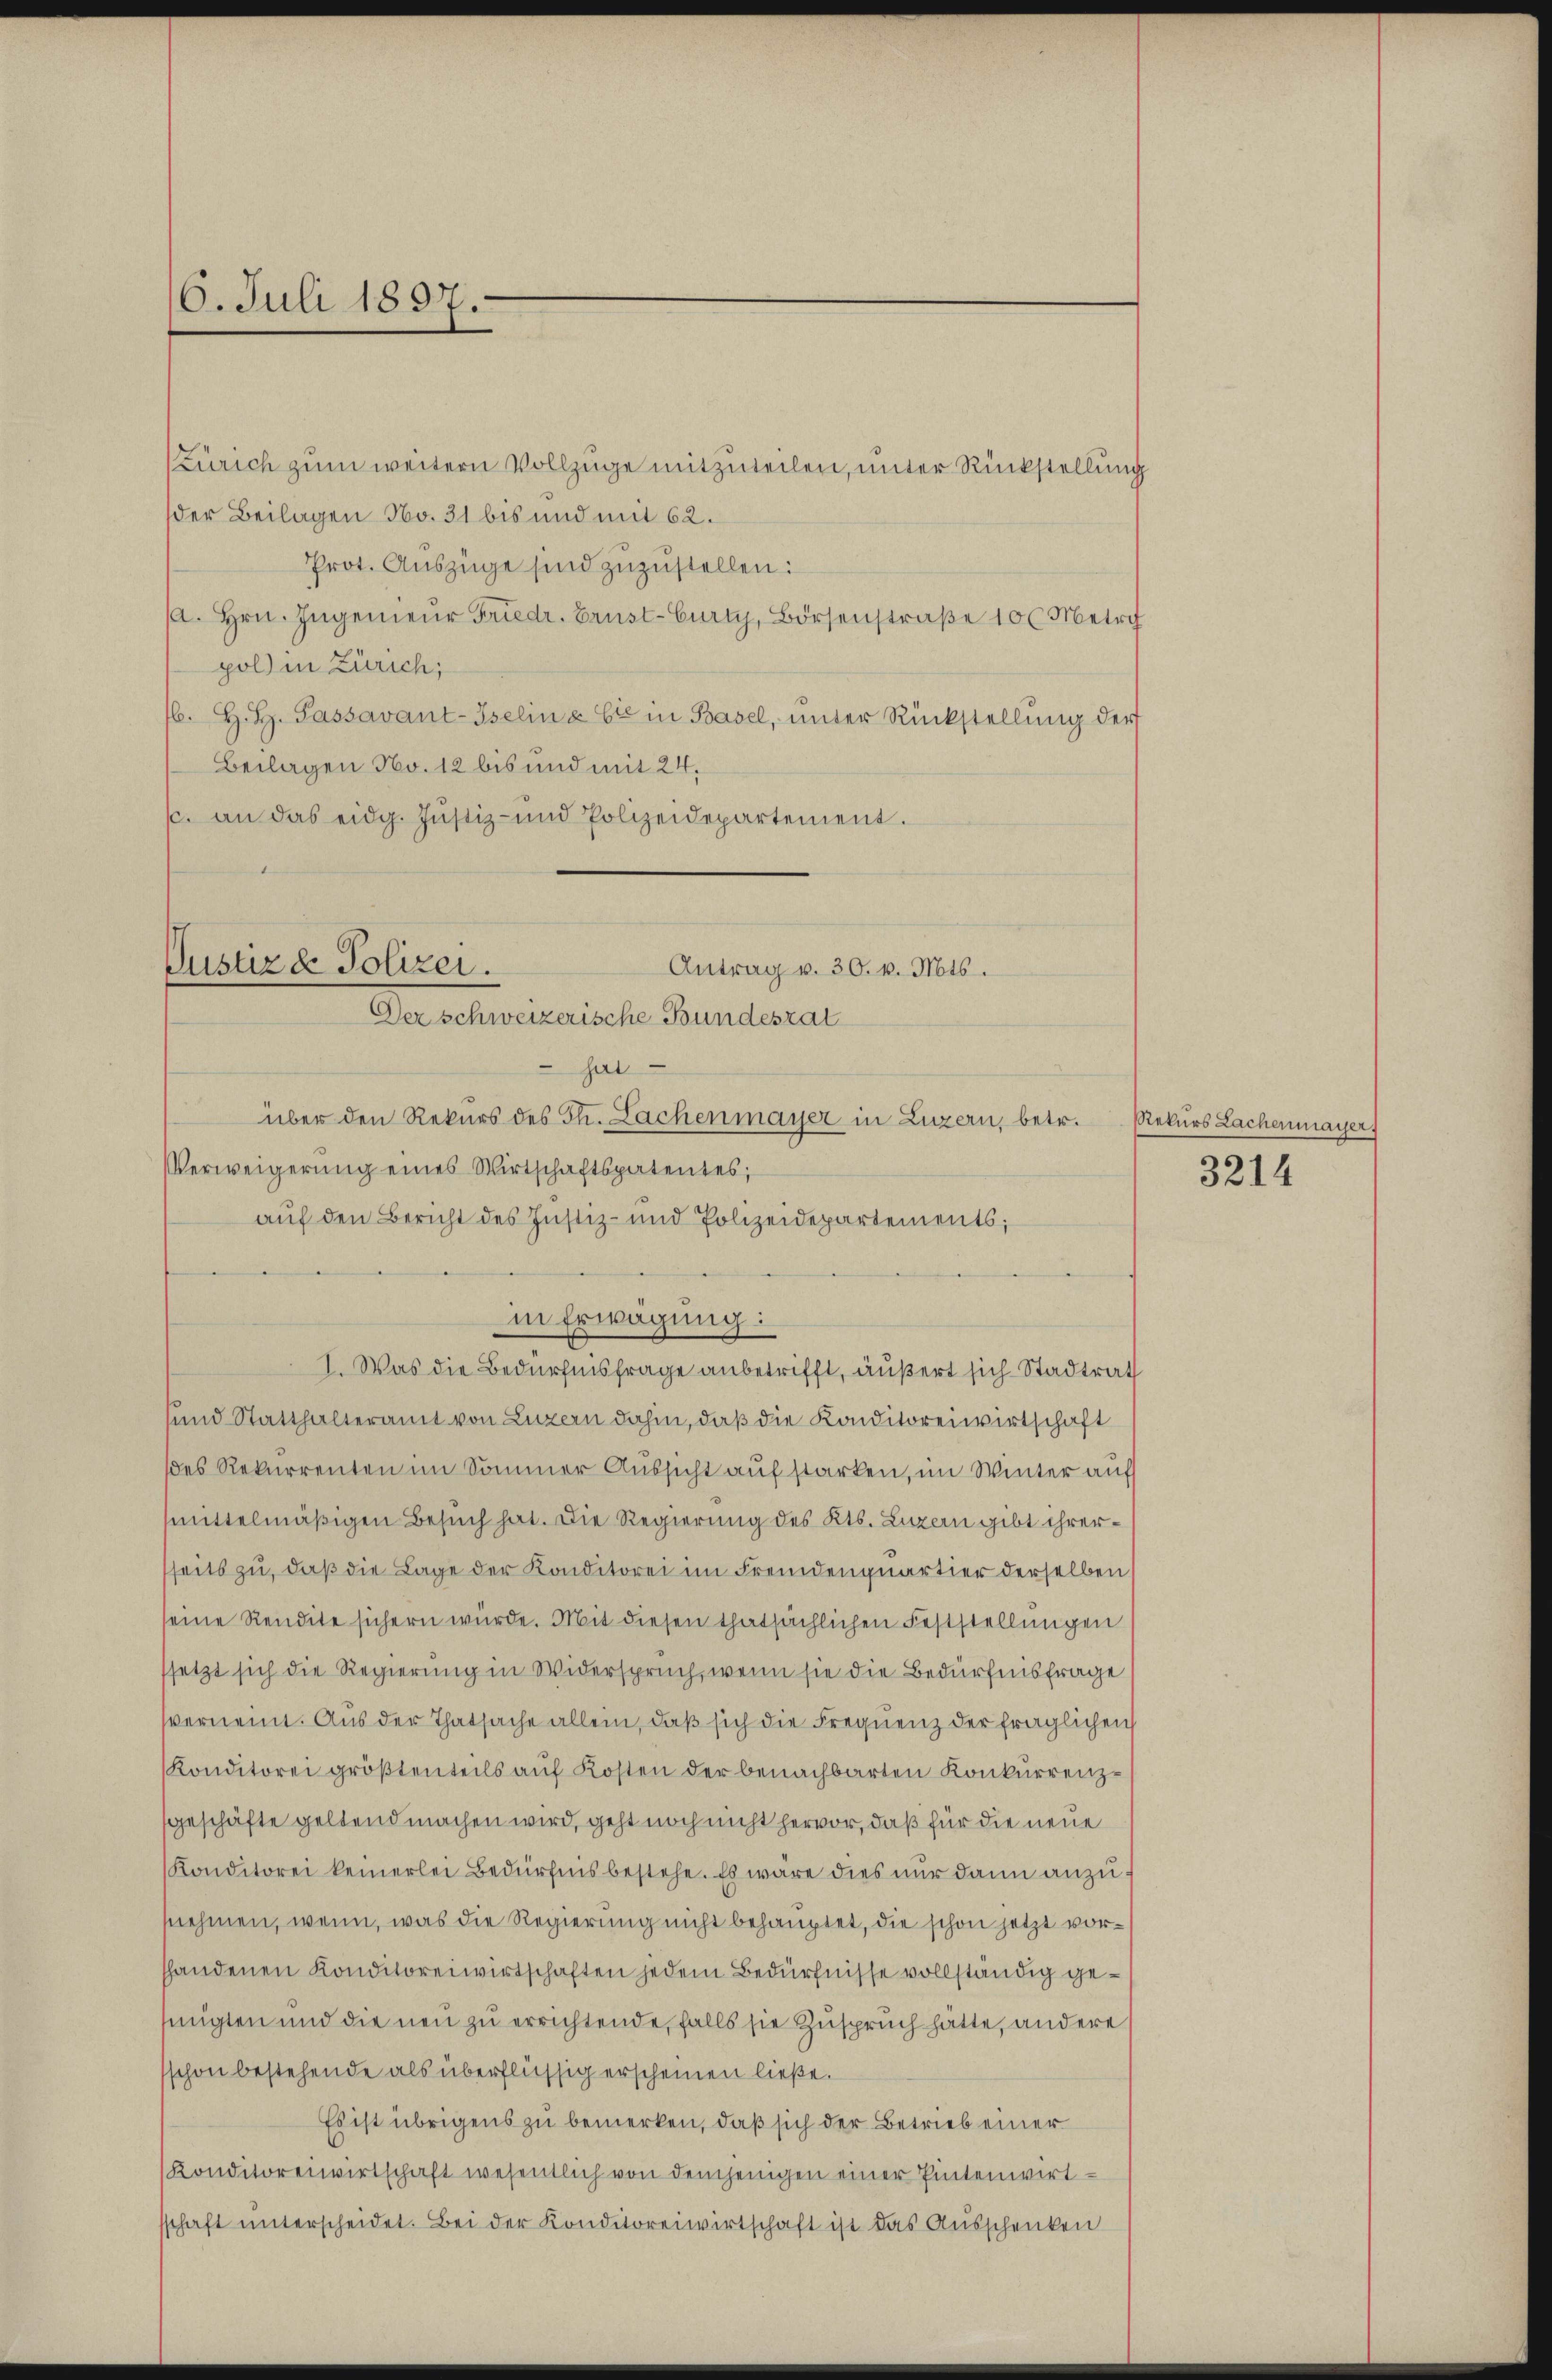
16. Juli 1897.

Zürich zum weitern Vollzüge mitzuteilen, unter Rückstellung
der Beilagen No. 31 bis und mit 62.
Prot. Auszüge sind zuzustellen:
A. Hrn. Ingenieur Friedr. Brust-Curti, Börsenstraße 10 l Metrch
pol in Zürich;
16. H. H. Passavant-Iselina bis in Basel, unter Rückstellung der
Beilagen No. 12 bis und mit 24.
s. an das eidg. Jŭstiz- und Polizeidepartement.
hat
über den Rekurs des Th. Lachenmayer in Luzern, betr. Rekurs Lachenmayer
Verweigerung eines Wirtschaftspatentes;
auf den Bericht des Justiz- und Polizeidepartements;
in Erwägung:
I. Was die Bedürfnisfrage anbetrifft, äußert sich Stadtrath
und Statthalteramt von Luzern dahin, daß die Konditoreiwirtschaft
des Rekurrenten im Sommer Aussicht auf starken, im Winter auf
mittelmäßigen Besuch hat. Die Regierung des Kts. Luzern gibt ihrerseits zu, daß die Lage der Konditorei im Fremdenquartier derselben
seine Rendite sichern würde. Mit diesen thatsächlichen Feststellungen
ssetzt sich die Regierung in Widerspruch, wenn sie die Bedürfnisfrage
verneint. Aus der Thatsache allein, daß sich die Frequenz der fraglichen
Konditorei größtenteils auf Kosten der benachbarten Konkurrenzsgeschäfte geltend machen wird, geht noch nicht hervor, daß für die neue
Konditorei keinerlei Bedürfnis bestehe. Es wäre dies nur dann anzunehmen, wenn, was die Regierung nicht behauptet, die schon jetzt vorshandenen Konditoreiwirtschaften jedem Bedürfnisse vollständig gejingten und die neu zu errichtende, falls sie Zuspruch hätte, andere
schon bestehende als überflüssig erscheinen ließe.
Es ist übrigens zu bemerken, daß sich der Betrieb einer
Konditoreiwirtschaft wesentlich von demjenigen einer Pintenwirt-
schaft unterscheidet. Bei der Konditoreiwirtschaft ist das Ausschenken

Justiz & Polizei.
Antrag v. 30. v. Mts.
Der schweizerische Bundesrat

3214